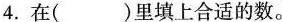
4.在（）里填上合适的数。